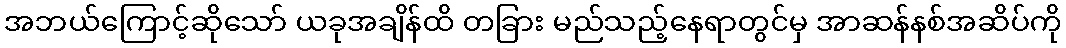
အဘယ်ကြောင့်ဆိုသော် ယခုအချိန်ထိ တခြား မည်သည့်နေရာတွင်မှ အာဆန်နစ်အဆိပ်ကို